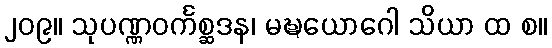
၂၀၉။ သုပဏ္ဏဝင်္ကစ္ဆဒန၊ မဍ္ဎယောဂေါ သိယာ ထ စ။